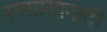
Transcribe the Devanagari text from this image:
समग्रतावादी